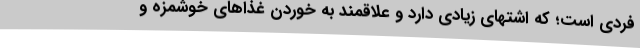
فردی است؛ که اشتهای زیادی دارد و علاقمند به خوردن غذاهای خوشمزه و